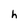
Character: h